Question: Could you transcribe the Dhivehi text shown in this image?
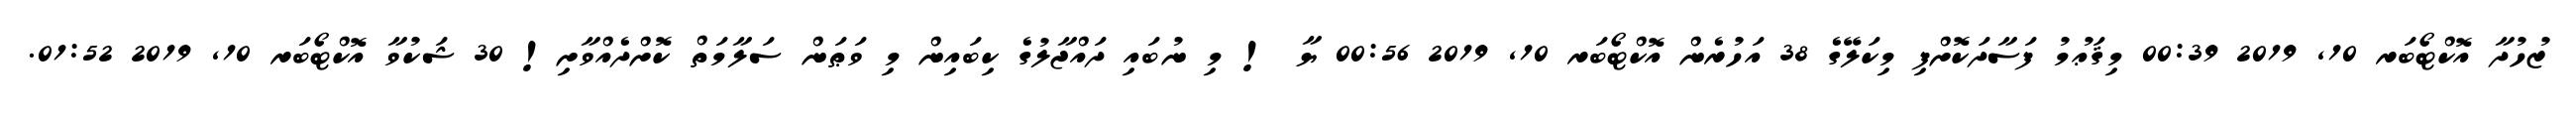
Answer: ޒުހުދާ އޮކްޓޯބަރ 10, 2019 00:39 މިޤަޢުމު ފަސާދަކޮށްފި މިކަލޭގެ 38 އަހުރެން އޮކްޓޯބަރ 10, 2019 00:56 ޔާ ! މި ނުބައި ދައްޖާލުގެ ކިބައިން މި ވަޠަން ސަލާމަތް ކޮށްދެއްވާށި! 30 ޝަކުވާ އޮކްޓޯބަރ 10, 2019 01:52.